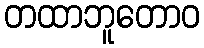
တထာဘူတောဝ